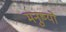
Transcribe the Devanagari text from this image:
मनुष्‍यो